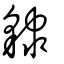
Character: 𧳙